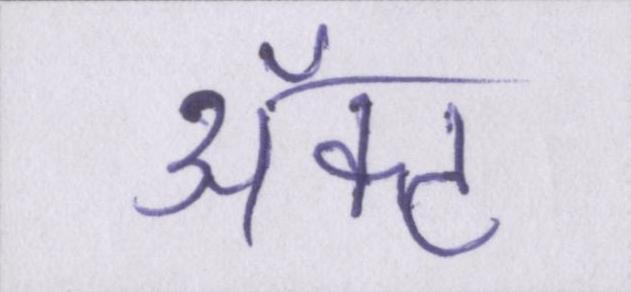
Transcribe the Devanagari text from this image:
ॲक्ट